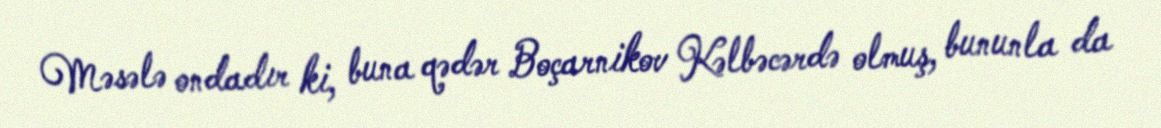
Məsələ ondadır ki, buna qədər Boçarnikov Kəlbəcərdə olmuş, bununla da